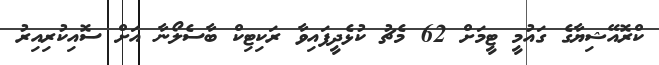
ކްރޮއޭޝިޔާގެ ގައުމީ ޓީމަށް 62 މެޗު ކުޅެދީފައިވާ ރަކިޓިކް ބާސެލޯނާ އަށް ސޮއިކުރިއިރު